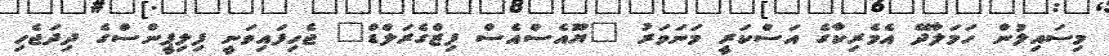
މިސައިލުން ހަމަލާދޭ އެމެރިކާގެ އަސްކަރީ މަނަވަރު "ޔޫއެސްއެސް ފިޒްގެރަލްޑް" ޖެހިފައިވަނީ ފިލިޕީންސްގެ ދިދަޖެހި